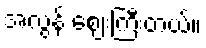
အလွန် ဈေးကြီးတယ်။